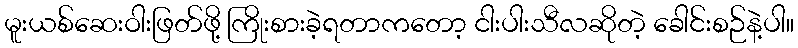
မူးယစ်ဆေးဝါးဖြတ်ဖို့ ကြိုးစားခဲ့ရတာကတော့ ငါးပါးသီလဆိုတဲ့ ခေါင်းစဉ်နဲ့ပါ။